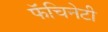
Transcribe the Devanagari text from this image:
फॅचिनेटी